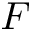
F